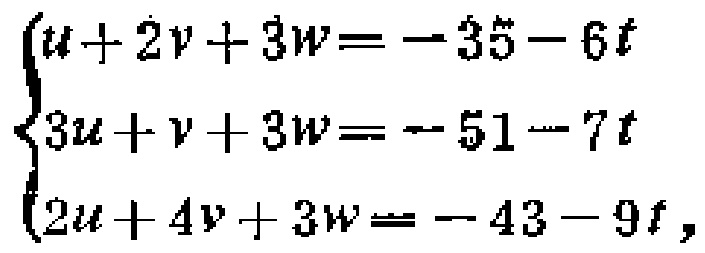
\(\begin{cases}

u + 2v + 3w = - 35 - 6t\\

3u + v + 3w = - 51 - 7t\\

2u + 4v + 3w = - 43 - 9t

\end{cases}\)